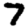
Digit: 7